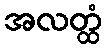
အလတ္ထံ